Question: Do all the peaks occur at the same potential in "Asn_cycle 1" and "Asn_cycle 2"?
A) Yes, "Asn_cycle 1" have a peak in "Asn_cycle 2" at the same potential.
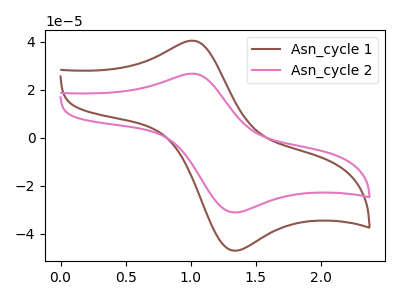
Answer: <think>The brown curve "Asn_cycle 1" has an anodic peak at (1.00V, 40.50uA) and a cathodic peak at (1.35V, -46.90uA). The pink curve "Asn_cycle 2" has an anodic peak at (1.00V, 26.75uA) and a cathodic peak at (1.35V, -31.00uA).</think>
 <answer>A) Yes, "Asn_cycle 1" have a peak in "Asn_cycle 2" at the same potential.</answer>
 <eval>A</eval>